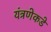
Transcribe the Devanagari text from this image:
यंत्रणेकडे